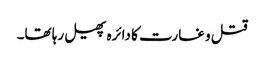
قتل و غارت کا دائرہ پھیل رہا تھا۔